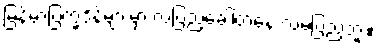
မြန်မာပြက္ခဒိန်များမှာ လပြည့်ခေါ်တဲ့နေ့ လမပြည့်ဘူး။